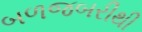
બળજબરીથી